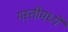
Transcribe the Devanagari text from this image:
गस्तीमध्ये